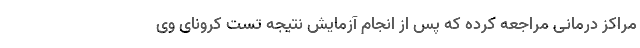
مراکز درمانی مراجعه کرده که پس از انجام آزمایش نتیجه تست کرونای وی